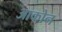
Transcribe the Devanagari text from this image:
आकोन